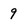
Character: 9